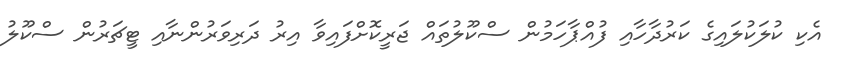
އެކި ކުލަކުލައިގެ ކަރުދާހާއި ފުއްޕާހަމުން ސްކޫލުތައް ޖަރީކޮށްފައިވާ އިރު ދަރިވަރުންނާއި ޓީޗަރުން ސްކޫލު